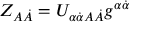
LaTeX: Z _ { A \dot { A } } = U _ { \alpha \dot { \alpha } A \dot { A } } g ^ { \alpha \dot { \alpha } }